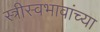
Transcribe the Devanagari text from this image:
स्त्रीस्वभावांच्या